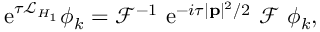
\mathrm { e } ^ { \tau \mathcal { L } _ { H _ { 1 } } } \phi _ { k } = \mathcal { F } ^ { - 1 } \ \mathrm { e } ^ { - i \tau | { \bf p } | ^ { 2 } / 2 } \ \mathcal { F } \ \phi _ { k } ,